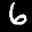
Label: 6